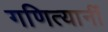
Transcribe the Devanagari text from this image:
गणित्यानीं